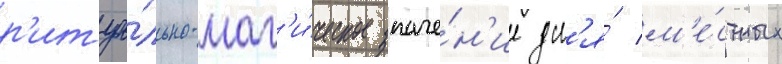
р'итуа́льно-маг'и́ческое значе́н'ие дл'я́ м'е́стных